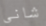
شاني